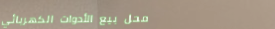
محل بيع الأدوات الكهربائي